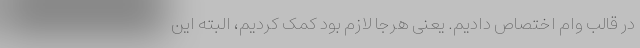
در قالب وام اختصاص دادیم. یعنی هرجا لازم بود کمک کردیم، البته این